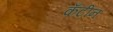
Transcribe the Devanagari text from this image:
कँटीन